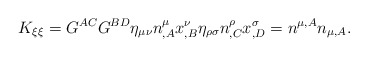
\begin{align*}K_{\xi\xi}=G^{AC}G^{BD}\eta_{\mu\nu}n^\mu_{,A}x^\nu_{,B}\eta_{\rho\sigma}n^\rho_{,C}x^\sigma_{,D}=n^{\mu,A}n_{\mu,A}.\end{align*}